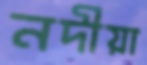
নদীয়া